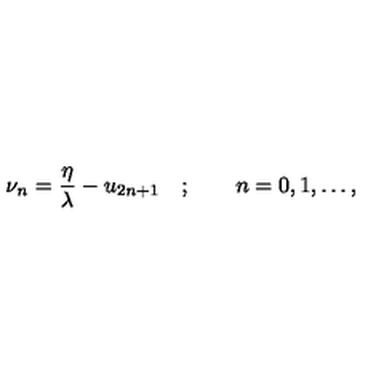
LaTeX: \nu _ { n } = \frac { \eta } { \lambda } - u _ { 2 n + 1 } \quad ; \qquad n = 0 , 1 , \dots ,